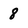
Character: 8